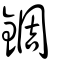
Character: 錭